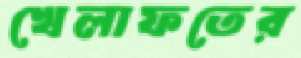
খেলাফতের